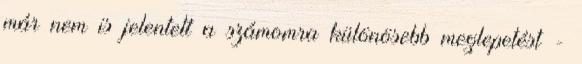
már nem is jelentett a szá­momra különösebb meglepetést -